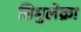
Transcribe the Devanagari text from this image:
सिमुलेक्रा